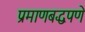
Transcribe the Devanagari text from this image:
प्रमाणबद्धपणे